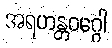
အရဟန္တဝဂ္ဂေါ